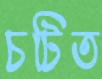
চটিত